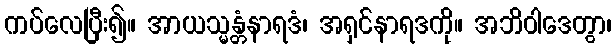
ကပ်လေပြီး၍။ အာယသ္မန္တံနာရဒံ၊ အရှင်နာရဒကို။ အဘိဝါဒေတွာ၊